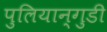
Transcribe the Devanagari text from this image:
पुलियान्गुडी